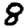
Digit: 8